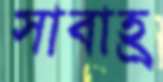
সাবাহ্র